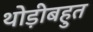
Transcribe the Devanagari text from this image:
थोड़ीबहुत